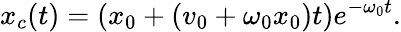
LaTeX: x_{c}(t)=\left(x_{0}+\left(v_{0}+\omega_{0}x_{0}\right)t\right)e^{-\omega_{0}t}.